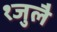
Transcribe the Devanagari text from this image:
१जुलै